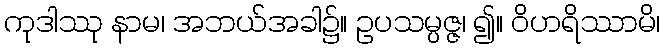
ကုဒါဿု နာမ၊ အဘယ်အခါ၌။ ဥပသမ္ပဇ္ဇ၊ ၍။ ဝိဟရိဿာမိ၊